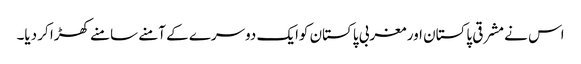
اس نے مشرقی پاکستان اور مغربی پاکستان کوایک دوسرے کے آمنے سامنے کھڑا کر دیا۔